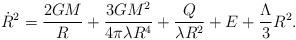
LaTeX: \begin{align*}{\dot R}^2 = \frac{2GM}{R} + \frac{3GM^2}{4\pi \lambda R^4} + \frac{Q}{\lambda R^2} + E + \frac{\Lambda}{3}R^2 .\end{align*}